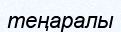
теңаралы